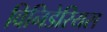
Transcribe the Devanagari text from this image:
विनिडेरियस